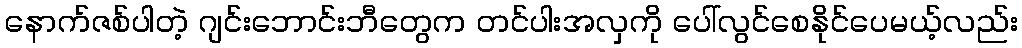
နောက်ဇစ်ပါတဲ့ ဂျင်းဘောင်းဘီတွေက တင်ပါးအလှကို ပေါ်လွင်စေနိုင်ပေမယ့်လည်း